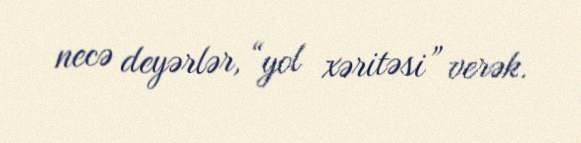
necə deyərlər, “yol xəritəsi” verək.